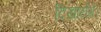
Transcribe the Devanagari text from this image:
दिखायेंगे।